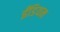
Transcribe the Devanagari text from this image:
ईंडियन